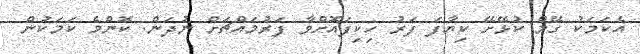
އެކަމަކު ގޭމް ކުޅޭށޭ ކިޔާފަ ފަރު ހިކިފައޮށްވާ ފަރުމައްޗަށް ނުދަން. ކޮންމެ ކަމަކުން